Vaccination in Bombay 1869-1873 - 1869-1873
Year: 1869
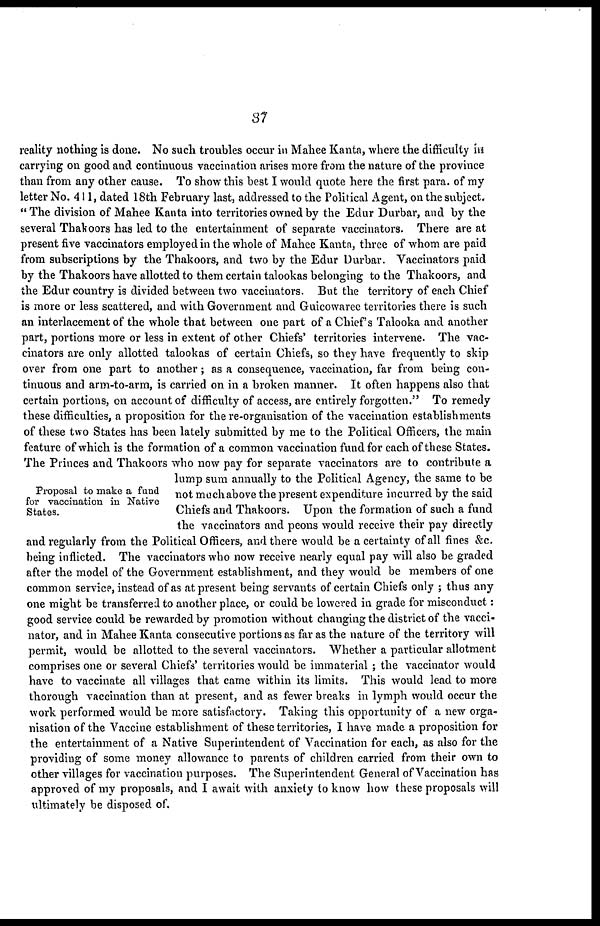
37
Proposal to make a fund
for vaccination in Native
States.
reality nothing is done. No such troubles occur in Mahee Kanta, where the difficulty in
carrying on good and continuous vaccination arises more from the nature of the province
than from any other cause. To show this best I would quote here the first para. of my
letter No. 411, dated 18th February last, addressed to the Political Agent, on the subject.
"The division of Mahee Kanta into territories owned by the Edur Durbar, and by the
several Thakoors has led to the entertainment of separate vaccinators. There are at
present five vaccinators employed in the whole of Mahee Kanta, three of whom are paid
from subscriptions by the Thakoors, and two by the Edur Durbar. Vaccinators paid
by the Thakoors have allotted to them certain talookas belonging to the Thakoors, and
the Edur country is divided between two vaccinators. But the territory of each Chief
is more or less scattered, and with Government and Guicowaree territories there is such
an interlacement of the whole that between one part of a Chief's Talooka and another
part, portions more or less in extent of other Chiefs' territories intervene. The vac-
cinators are only allotted talookas of certain Chiefs, so they have frequently to skip
over from one part to another; as a consequence, vaccination, far from being con-
tinuous and arm-to-arm, is carried on in a broken manner. It often happens also that
certain portions, on account of difficulty of access, are entirely forgotten." To remedy
these difficulties, a proposition for the re-organisation of the vaccination establishments
of these two States has been lately submitted by me to the Political Officers, the main
feature of which is the formation of a common vaccination fund for each of these States.
The Princes and Thakoors who now pay for separate vaccinators are to contribute a
lump sum annually to the Political Agency, the same to be
not much above the present expenditure incurred by the said
Chiefs and Thakoors. Upon the formation of such a fund
the vaccinators and peons would receive their pay directly
and regularly from the Political Officers, and there would be a certainty of all fines &c.
being inflicted. The vaccinators who now receive nearly equal pay will also be graded
after the model of the Government establishment, and they would be members of one
common service, instead of as at present being servants of certain Chiefs only ; thus any
one might be transferred to another place, or could be lowered in grade for misconduct:
good service could be rewarded by promotion without changing the district of the vacci-
nator, and in Mahee Kanta consecutive portions as far as the nature of the territory will
permit, would be allotted to the several vaccinators. Whether a particular allotment
comprises one or several Chiefs' territories would be immaterial ; the vaccinator would
have to vaccinate all villages that came within its limits. This would lead to more
thorough vaccination than at present, and as fewer breaks in lymph would occur the
work performed would be more satisfactory. Taking this opportunity of a new orga-
nisation of the Vaccine establishment of these territories, I have made a proposition for
the entertainment of a Native Superintendent of Vaccination for each, as also for the
providing of some money allowance to parents of children carried from their own to
other villages for vaccination purposes. The Superintendent General of Vaccination has
approved of my proposals, and I await with anxiety to know how these proposals will
ultimately be disposed of.